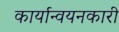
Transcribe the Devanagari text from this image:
कार्यान्‍वयनकारी